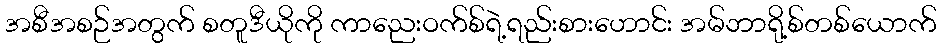
အစီအစဉ်အတွက် စတူဒီယိုကို ကာညေးဝက်စ်ရဲ့ရည်းစားဟောင်း အမ်ဘာရို့စ်တစ်ယောက်